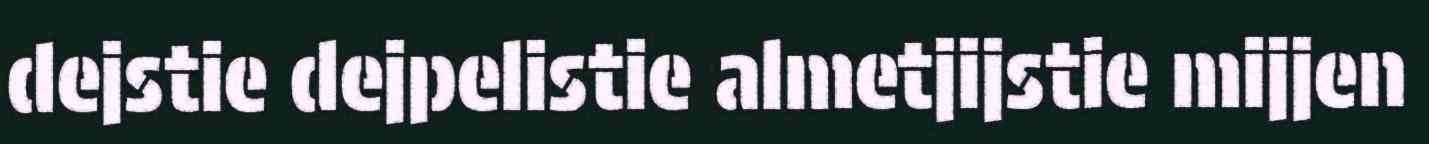
dejstie dejpelistie almetjijstie mijjen